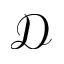
\mathcal { D }